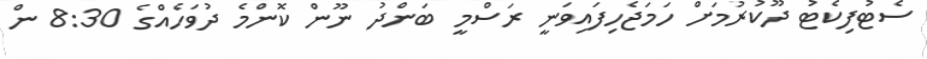
ސެޓުފިކެޓު ދޫކުރުމަށް ހަމަޖެހިފައިވަނީ ރަސްމީ ބަންދު ނޫން ކޮންމެ ދުވަހެއްގެ 8:30 ން